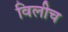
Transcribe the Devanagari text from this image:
विलीच